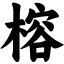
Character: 榕